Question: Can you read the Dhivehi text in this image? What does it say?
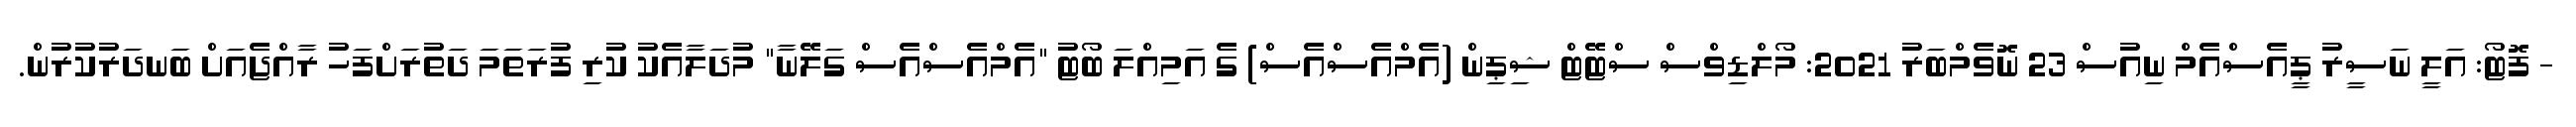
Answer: - ފޮޓޯ: އަލީ ނަސީރު ޕީއެސްއެމް ނިއުސް 23 ނޮވެމްބަރު 2021: މޯލްޑިވްސް ސްޓޭޓް ޝިޕިން (އެމްއެސްއެސް) ގެ އަމިއްލަ ބޯޓު "އެމްއެސްއެސް ގަލޭނާ" މުދަލާއެކު ކުރި ފުރަތަމަ ދަތުރަށްފަހު ރާއްޖެއަށް ބަނދަރުކުރުން.